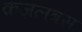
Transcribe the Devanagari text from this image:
क़ज़लबस